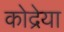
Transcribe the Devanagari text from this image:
कोद्रेया